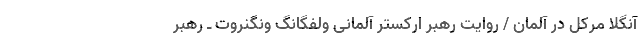
آنگلا مرکل در آلمان / روایت رهبر ارکستر آلمانی ولفگانگ ونگنروت ـ رهبر